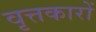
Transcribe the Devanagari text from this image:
वृत्तकारों